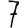
Digit: 7